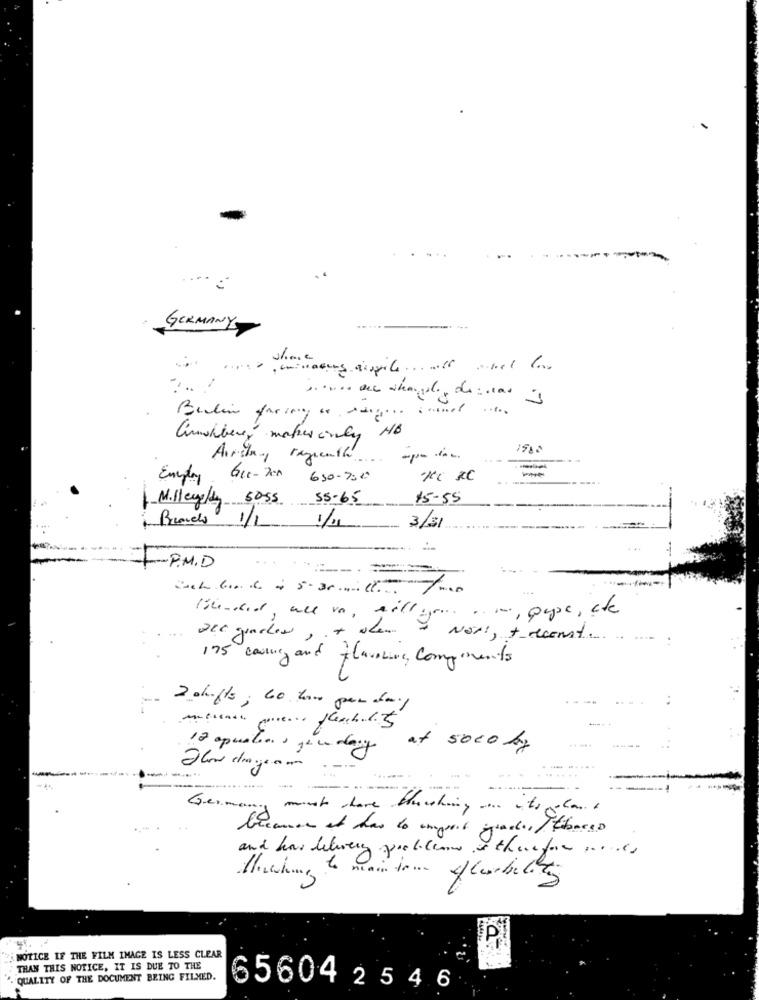
GERMANY-
Auchbere, materialy No
1980
Airsin, ragionthe -point
-
Employ Gct-200
630-7:0
Milleyeldy 5055 55-65
15-55
Brands 1/1 1/11 3/31
------
F-P.M.D
till you are , pape , che
(she did, we vo, I'm Not :, + recent ...
. ---
175 coolne and flavoring components
2 shifts; to how per day
12 aquatics jeu day
at 50co by
. -.
......
.......
-- -
......
munt share brushing as its galant
Germany -
and has delivery problem is therefore .... es
NOTICE LF THE FILM IMAGE IS LESS CLEAR
THAN THIS NOTICE, IT IS DUE TO THE
QUALITY OF THE DOCUMENT BEING FILMED.
65604 2 5 4 6